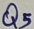
Text: Q5